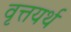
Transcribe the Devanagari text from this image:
वृत्तयर्थ